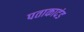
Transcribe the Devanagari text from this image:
पताकादंड